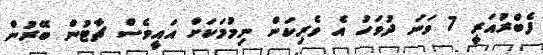
ފެބްރުއަރީ 7 ވަނަ ދުވަހު އެ ވެރިކަން ނިމުމަކަށް އައީވެސް ޗާޓުން ބޭރުން